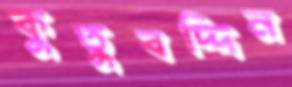
কুতুবদ্দিন